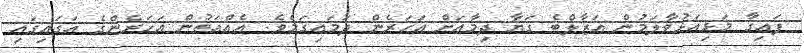
ފައިގާ މަޅިއަޅުވާލަމުން އަޒާލްބެ ގަޔާ ދިމާޢަށް އަހަރެން ދަމައިގަމެވެ. އެއްއަތުން އަހަރެންގެ އަގައިގައި